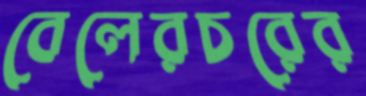
বেলেরচরের